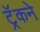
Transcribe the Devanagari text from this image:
ट्रॅकने